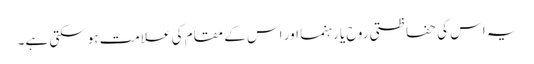
یہ اس کی حفاظتی روح یا رہنما اور اس کے مقام کی علامت ہوسکتی ہے۔